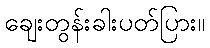
ချေးတွန်းခါးပတ်ပြား။